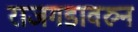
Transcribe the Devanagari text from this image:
राजगडावरुन